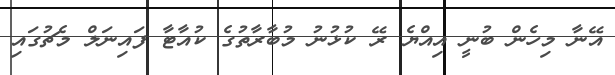
އޭނާ މިހެން ބުނީ އިއްޔެ ރޭ ކުޅުނު މުބާރާތުގެ ކުއާޓާ ފައިނަލް މެޗުގައި